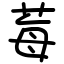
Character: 莓